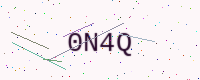
Text: 0N4Q